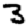
Digit: 3